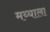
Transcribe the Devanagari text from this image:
मय्याला